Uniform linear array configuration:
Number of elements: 16
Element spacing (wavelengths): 0.75
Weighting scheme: cosine
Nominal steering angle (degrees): -30
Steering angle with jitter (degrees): -29.654
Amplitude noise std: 0.05
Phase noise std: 0.05

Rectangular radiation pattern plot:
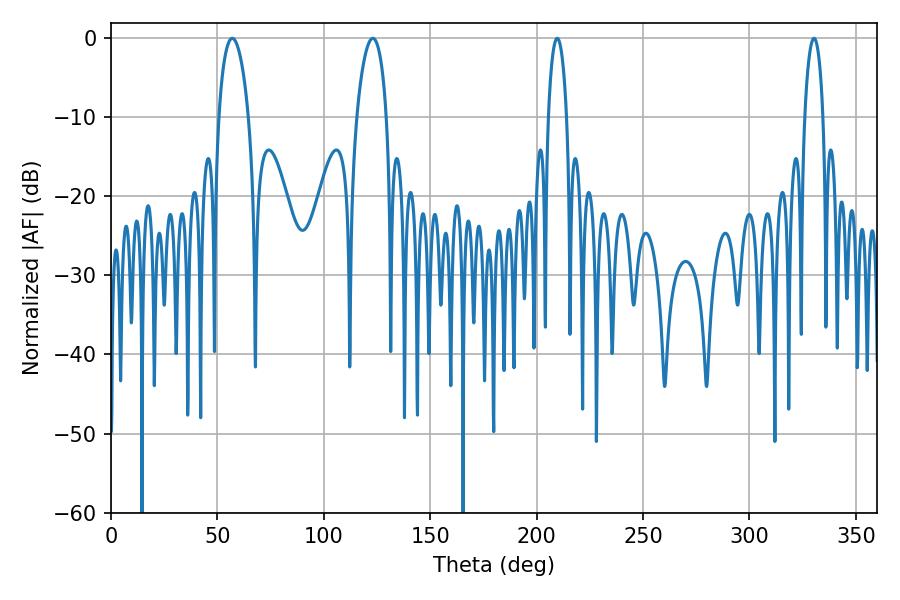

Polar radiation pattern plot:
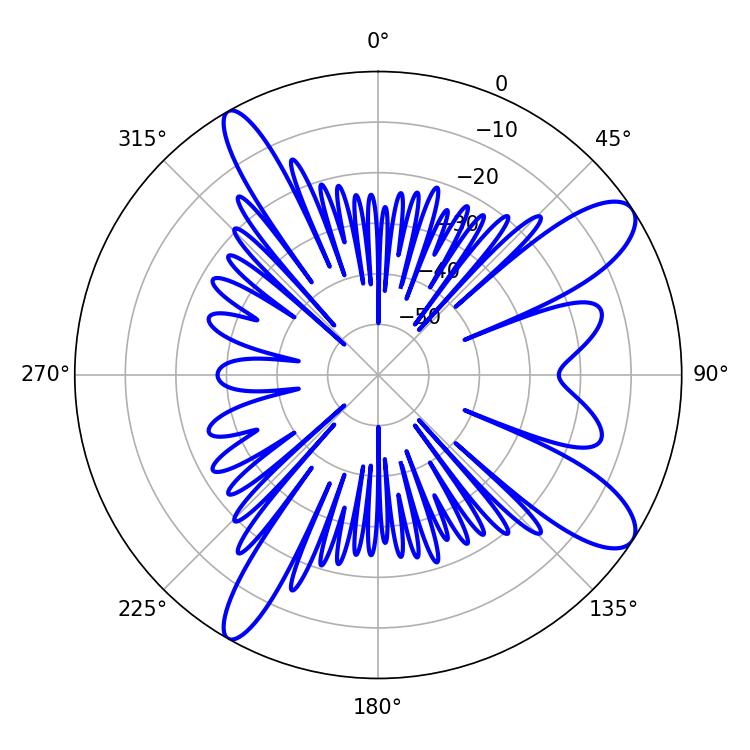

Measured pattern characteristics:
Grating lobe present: TRUE
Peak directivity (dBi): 10.808
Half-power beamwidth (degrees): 5.04
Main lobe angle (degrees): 330.3